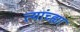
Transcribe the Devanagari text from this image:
त्यांच्ह्या